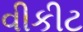
વીકીટ